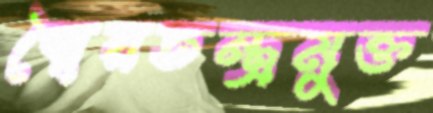
স্বৈরতন্ত্রমুক্ত